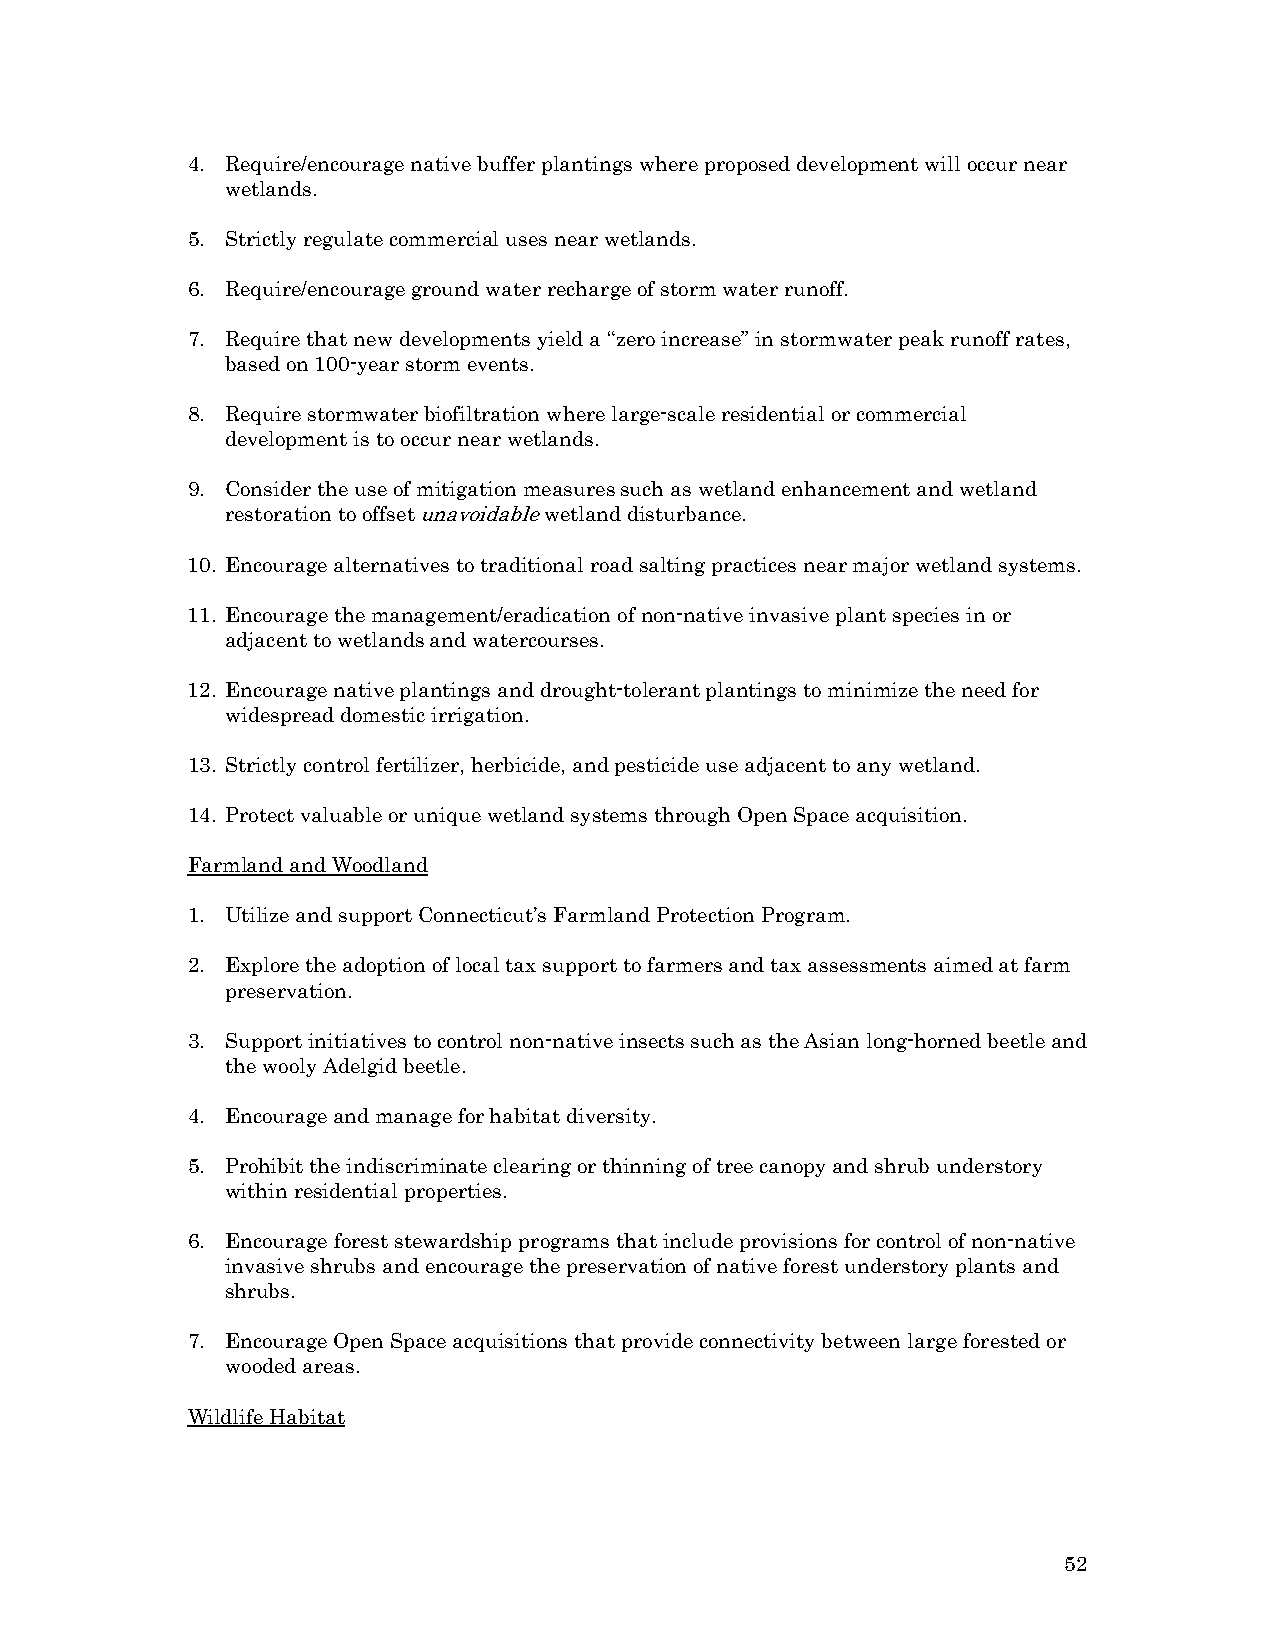
4. Require/encourage native buffer plantings where proposed development will occur near
 wetlands.
 5. Strictly regulate commercial uses near wetlands.
 6. Require/encourage ground water recharge of storm water runoff.
 7. Require that new developments yield a “zero increase” in stormwater peak runoff rates,
 based on 100-year storm events.
 8. Require stormwater biofiltration where large-scale residential or commercial
 development is to occur near wetlands.
 9. Consider the use of mitigation measures such as wetland enhancement and wetland
 restoration to offset unavoidable wetland disturbance.
 10. Encourage alternatives to traditional road salting practices near major wetland systems.
 11. Encourage the management/eradication of non-native invasive plant species in or
 adjacent to wetlands and watercourses.
 12. Encourage native plantings and drought-tolerant plantings to minimize the need for
 widespread domestic irrigation.
 13. Strictly control fertilizer, herbicide, and pesticide use adjacent to any wetland.
 14. Protect valuable or unique wetland systems through Open Space acquisition.
 Farmland and Woodland
 1. Utilize and support Connecticut’s Farmland Protection Program.
 2. Explore the adoption of local tax support to farmers and tax assessments aimed at farm
 preservation.
 3. Support initiatives to control non-native insects such as the Asian long-horned beetle and
 the wooly Adelgid beetle.
 4. Encourage and manage for habitat diversity.
 5. Prohibit the indiscriminate clearing or thinning of tree canopy and shrub understory
 within residential properties.
 6. Encourage forest stewardship programs that include provisions for control of non-native
 invasive shrubs and encourage the preservation of native forest understory plants and
 shrubs.
 7. Encourage Open Space acquisitions that provide connectivity between large forested or
 wooded areas.
 Wildlife Habitat
 52